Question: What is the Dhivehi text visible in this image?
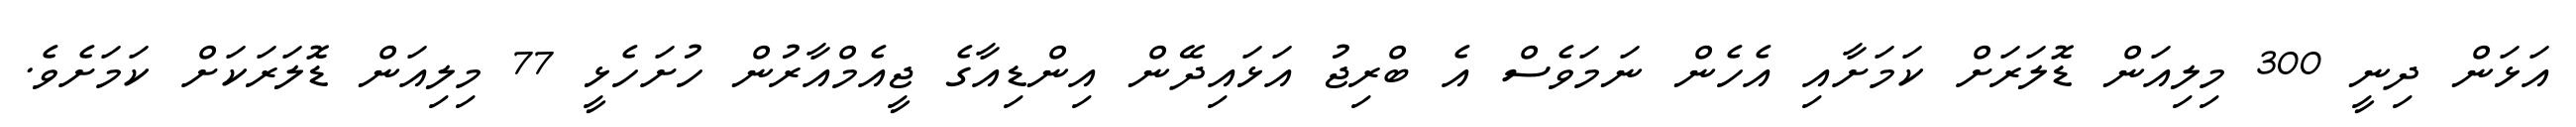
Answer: އަޅަން ދިނީ 300 މިލިއަން ޑޮލަރަށް ކަމަށާއި އެހެން ނަމަވެސް އެ ބްރިޖު އަޅައިދޭން އިންޑިއާގެ ޖީއެމްއާރުން ހުށަހެޅީ 77 މިލިއަން ޑޮލަރަކަށް ކަމަށެވެ.